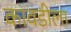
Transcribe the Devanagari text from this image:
कावडीला